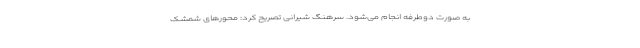
به صورت دوطرفه انجام می‌شود. سرهنگ شیرانی تصریح کرد: محورهای شمشک